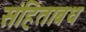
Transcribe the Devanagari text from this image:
संहिताबध